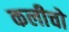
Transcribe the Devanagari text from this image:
कलीचो